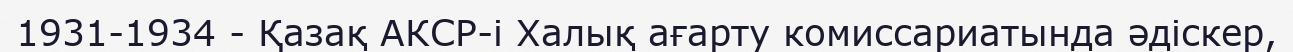
1931-1934 - Қазақ АКСР-і Халық ағарту комиссариатында әдіскер,